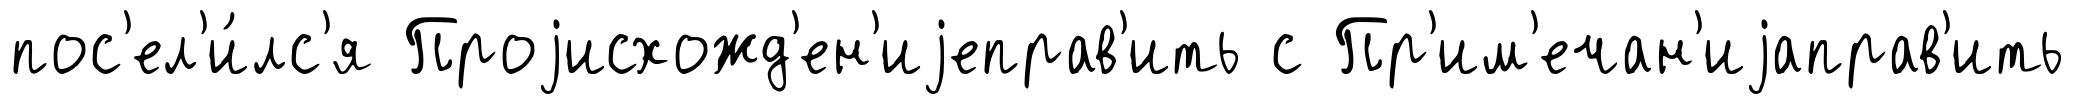
пос'ел'и́лс'я Проjисхожд'ен'иjеправ'ить с Пр'им'ечан'иjаправ'ить